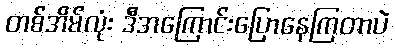
တစ်အိမ်လုံး ဒီအကြောင်းပြောနေကြတာပဲ